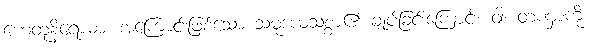
ဟေတုနိရောဓာ၊ အကြောင်းဖြစ်သော သမုဒယသစ္စာ၏ ချုပ်ခြင်းကြောင့်။ ဝါ၊ တဏှာကို